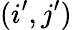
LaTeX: (i^{\prime},j^{\prime})